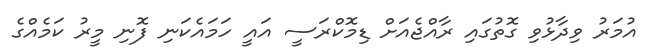
އުމަރު ވިދާޅުވި ގޮތުގައި ރާއްޖެއަށް ޑިމޮކްރަސީ އައީ ހަމައެކަނި ފޮނި މީރު ކަމެއްގެ